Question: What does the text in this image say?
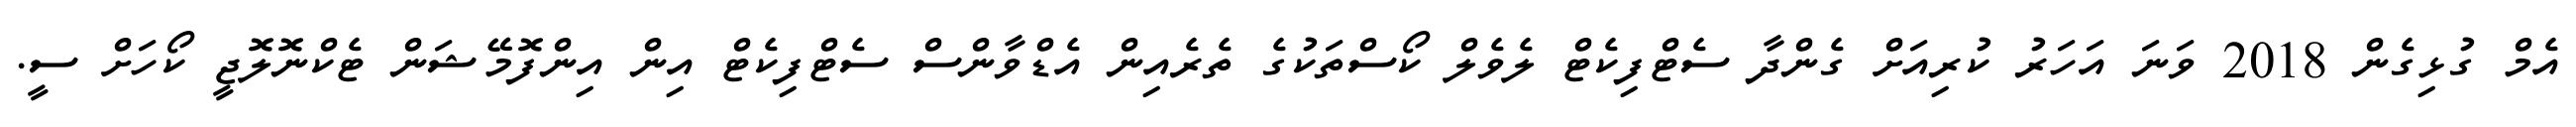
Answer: އެމް ގުޅިގެން 2018 ވަނަ އަހަރު ކުރިއަށް ގެންދާ ސެޓްފިކެޓް ލެވެލް ކޯސްތަކުގެ ތެރެއިން އެޑްވާންސް ސެޓްފިކެޓް އިން އިންފޮމޭޝަން ޓެކްނޮލޮޖީ ކޯހަށް ސީ.